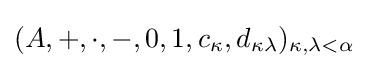
(A,+,\cdot ,-,0,1,c_{\kappa },d_{\kappa \lambda })_{\kappa ,\lambda <\alpha }